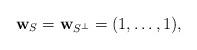
LaTeX: \begin{align*} \mathbf{w}_S = \mathbf{w}_{S^\perp} = (1,\dotsc,1),\end{align*}